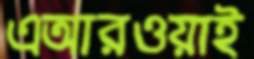
এআরওয়াই